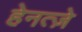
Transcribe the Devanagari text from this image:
हेनत्ज़े